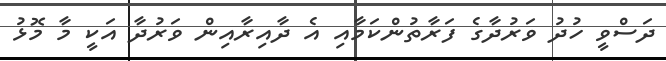
ދަސްވީ ހުދު ވަރުދާގެ ފަރާތުންކަމާއި އެ ދާއިރާއިން ވަރުދާ އަކީ މާ މޮޅު